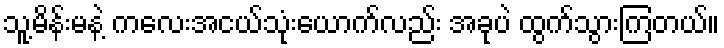
သူ့မိန်းမနဲ့ ကလေးအငယ်သုံးယောက်လည်း အခုပဲ ထွက်သွားကြတယ်။